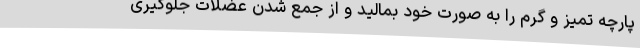
پارچه تمیز و گرم را به صورت خود بمالید و از جمع شدن عضلات جلوگیری